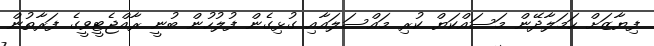
ފިޔާޒަށް ހަމަލާދޭން މަސައްކަޔް ކުރި މައްސަލައާއި ގުޅިގެން ފުލުހުން ބުނީ ރާއްޖެޓީވީގެ ފަރާތުން